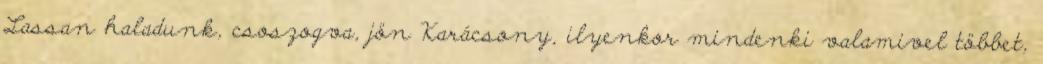
Lassan haladunk, csoszogva, jön Karácsony, ilyenkor mindenki valamivel többet,